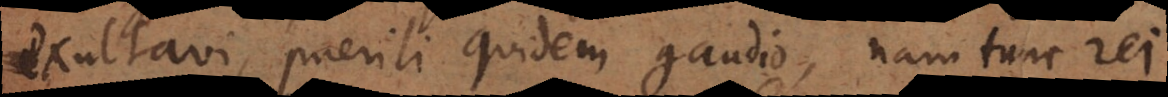
exultavi, paerili quidem gaudio, nam tunc rei